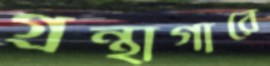
গ্রন্থাগারে